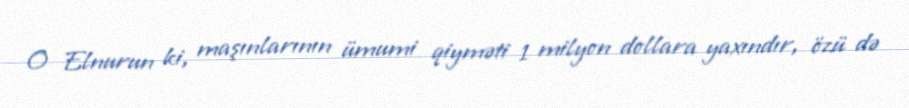
O Elnurun ki, maşınlarının ümumi qiyməti 1 milyon dollara yaxındır, özü də